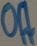
Text: Off